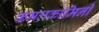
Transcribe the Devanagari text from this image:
कमलकामिनी